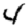
Digit: 4